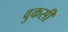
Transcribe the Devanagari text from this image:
वुकसी